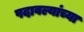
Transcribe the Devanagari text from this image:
पदावल्यांच्या